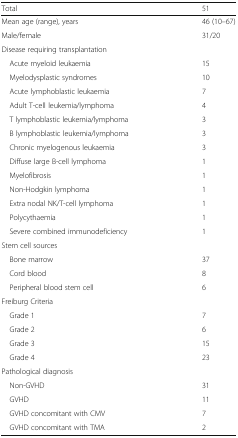
<table><thead><tr><td><b>Total</b></td><td><b>51</b></td></tr></thead><tbody><tr><td>Mean age (range), years</td><td>46 (10–67)</td></tr><tr><td>Male/female</td><td>31/20</td></tr><tr><td colspan="2">Disease requiring transplantation</td></tr><tr><td> Acute myeloid leukaemia</td><td>15</td></tr><tr><td> Myelodysplastic syndromes</td><td>10</td></tr><tr><td> Acute lymphoblastic leukaemia</td><td>7</td></tr><tr><td> Adult T-cell leukemia/lymphoma</td><td>4</td></tr><tr><td> T lymphoblastic leukemia/lymphoma</td><td>3</td></tr><tr><td> B lymphoblastic leukemia/lymphoma</td><td>3</td></tr><tr><td> Chronic myelogenous leukaemia</td><td>3</td></tr><tr><td> Diffuse large B-cell lymphoma</td><td>1</td></tr><tr><td> Myelofibrosis</td><td>1</td></tr><tr><td> Non-Hodgkin lymphoma</td><td>1</td></tr><tr><td> Extra nodal NK/T-cell lymphoma</td><td>1</td></tr><tr><td> Polycythaemia</td><td>1</td></tr><tr><td> Severe combined immunodeficiency</td><td>1</td></tr><tr><td colspan="2">Stem cell sources</td></tr><tr><td> Bone marrow</td><td>37</td></tr><tr><td> Cord blood</td><td>8</td></tr><tr><td> Peripheral blood stem cell</td><td>6</td></tr><tr><td colspan="2">Freiburg Criteria</td></tr><tr><td> Grade 1</td><td>7</td></tr><tr><td> Grade 2</td><td>6</td></tr><tr><td> Grade 3</td><td>15</td></tr><tr><td> Grade 4</td><td>23</td></tr><tr><td colspan="2">Pathological diagnosis</td></tr><tr><td> Non-GVHD</td><td>31</td></tr><tr><td> GVHD</td><td>11</td></tr><tr><td> GVHD concomitant with CMV</td><td>7</td></tr><tr><td> GVHD concomitant with TMA</td><td>2</td></tr></tbody></table>